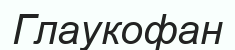
Глаукофан